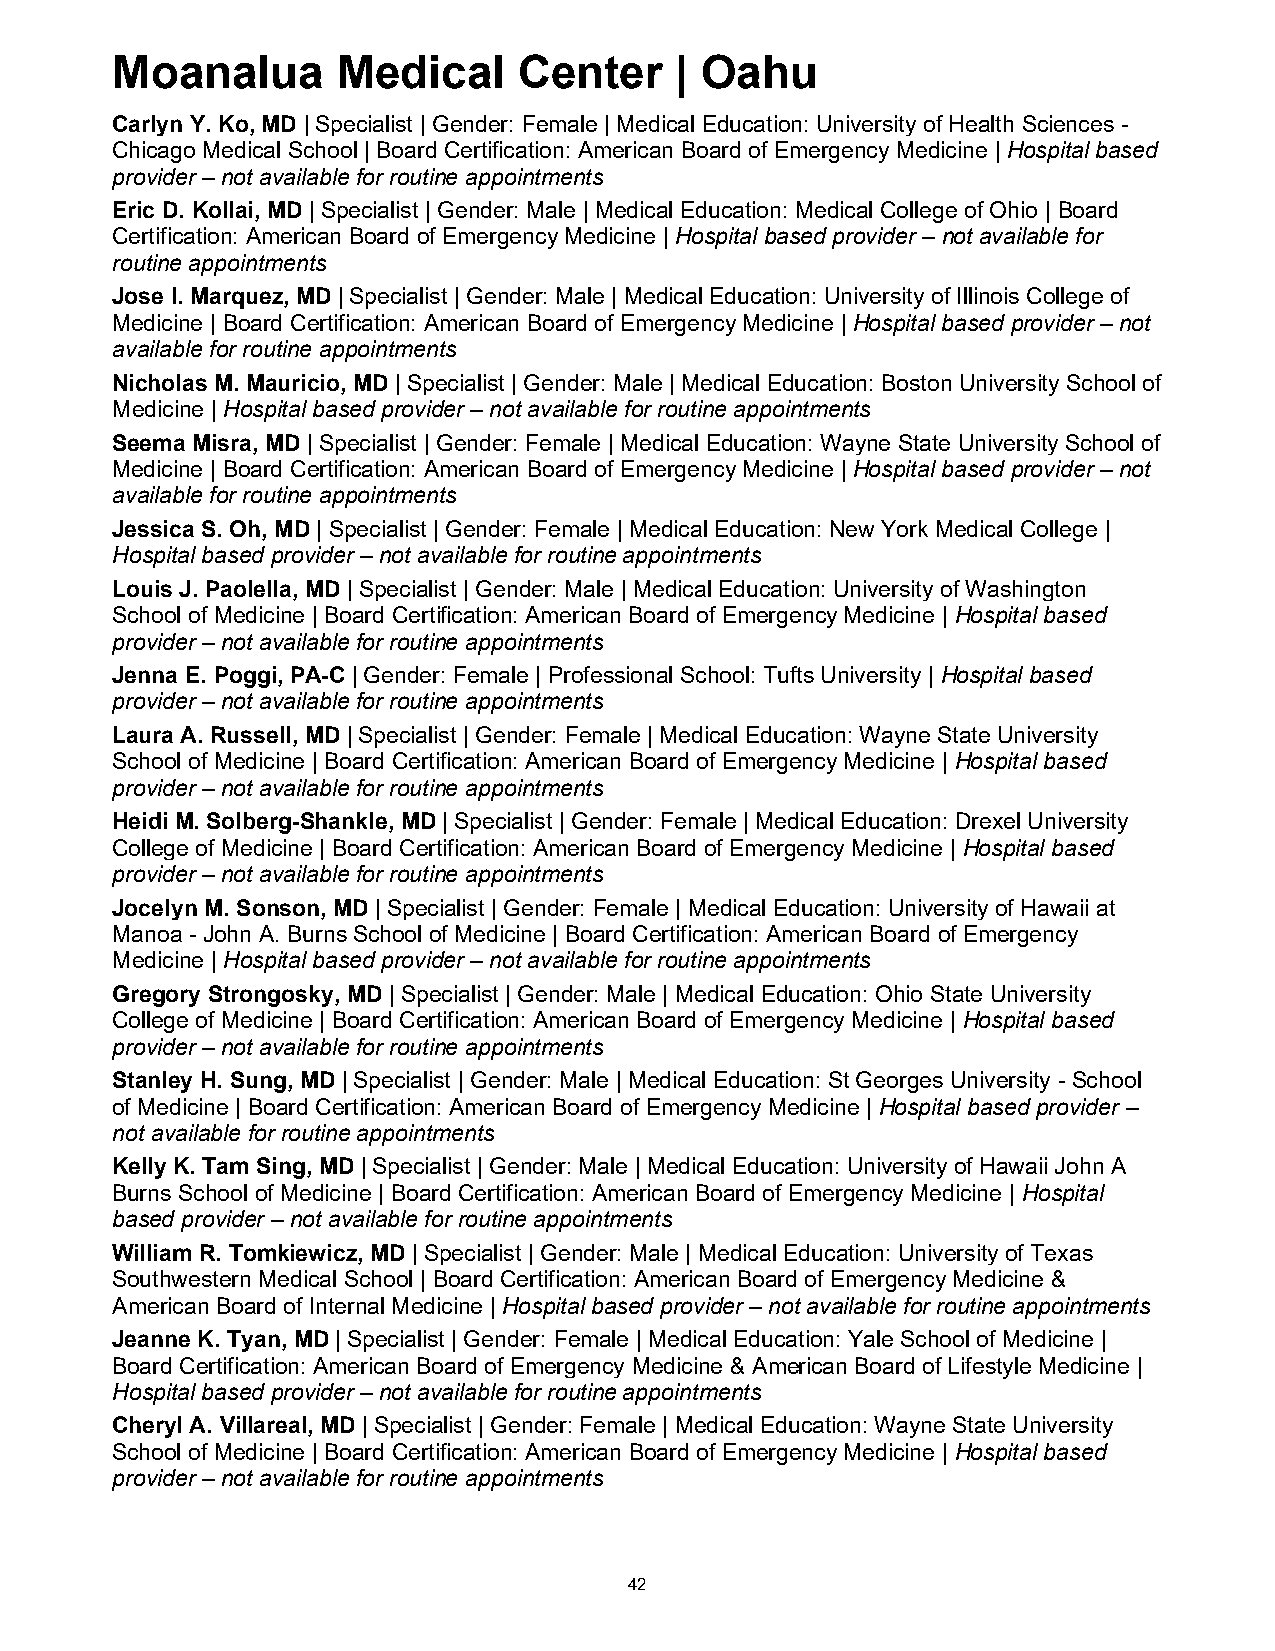
Moanalua       Medical     Center     | Oahu
 Carlyn Y. Ko, MD | Specialist | Gender: Female | Medical Education: University of Health Sciences -
 Chicago Medical School | Board Certification: American Board of Emergency Medicine | Hospital based
 provider – not available for routine appointments
 Eric D. Kollai, MD | Specialist | Gender: Male | Medical Education: Medical College of Ohio | Board
 Certification: American Board of Emergency Medicine | Hospital based provider – not available for
 routine appointments
 Jose I. Marquez, MD | Specialist | Gender: Male | Medical Education: University of Illinois College of
 Medicine | Board Certification: American Board of Emergency Medicine | Hospital based provider – not
 available for routine appointments
 Nicholas M. Mauricio, MD | Specialist | Gender: Male | Medical Education: Boston University School of
 Medicine | Hospital based provider – not available for routine appointments
 Seema Misra, MD | Specialist | Gender: Female | Medical Education: Wayne State University School of
 Medicine | Board Certification: American Board of Emergency Medicine | Hospital based provider – not
 available for routine appointments
 Jessica S. Oh, MD | Specialist | Gender: Female | Medical Education: New York Medical College |
 Hospital based provider – not available for routine appointments
 Louis J. Paolella, MD | Specialist | Gender: Male | Medical Education: University of Washington
 School of Medicine | Board Certification: American Board of Emergency Medicine | Hospital based
 provider – not available for routine appointments
 Jenna E. Poggi, PA-C | Gender: Female | Professional School: Tufts University | Hospital based
 provider – not available for routine appointments
 Laura A. Russell, MD | Specialist | Gender: Female | Medical Education: Wayne State University
 School of Medicine | Board Certification: American Board of Emergency Medicine | Hospital based
 provider – not available for routine appointments
 Heidi M. Solberg-Shankle, MD | Specialist | Gender: Female | Medical Education: Drexel University
 College of Medicine | Board Certification: American Board of Emergency Medicine | Hospital based
 provider – not available for routine appointments
 Jocelyn M. Sonson, MD | Specialist | Gender: Female | Medical Education: University of Hawaii at
 Manoa - John A. Burns School of Medicine | Board Certification: American Board of Emergency
 Medicine | Hospital based provider – not available for routine appointments
 Gregory Strongosky, MD | Specialist | Gender: Male | Medical Education: Ohio State University
 College of Medicine | Board Certification: American Board of Emergency Medicine | Hospital based
 provider – not available for routine appointments
 Stanley H. Sung, MD | Specialist | Gender: Male | Medical Education: St Georges University - School
 of Medicine | Board Certification: American Board of Emergency Medicine | Hospital based provider –
 not available for routine appointments
 Kelly K. Tam Sing, MD | Specialist | Gender: Male | Medical Education: University of Hawaii John A
 Burns School of Medicine | Board Certification: American Board of Emergency Medicine | Hospital
 based provider – not available for routine appointments
 William R. Tomkiewicz, MD | Specialist | Gender: Male | Medical Education: University of Texas
 Southwestern Medical School | Board Certification: American Board of Emergency Medicine &
 American Board of Internal Medicine | Hospital based provider – not available for routine appointments
 Jeanne K. Tyan, MD | Specialist | Gender: Female | Medical Education: Yale School of Medicine |
 Board Certification: American Board of Emergency Medicine & American Board of Lifestyle Medicine |
 Hospital based provider – not available for routine appointments
 Cheryl A. Villareal, MD | Specialist | Gender: Female | Medical Education: Wayne State University
 School of Medicine | Board Certification: American Board of Emergency Medicine | Hospital based
 provider – not available for routine appointments
 42